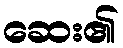
ဆေး၏